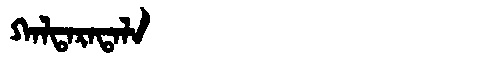
Manchu: ᡴᠠᠯᡨᠠᡵᠠᡨᠠᠯᠠ
Romanization: KALTARATALA